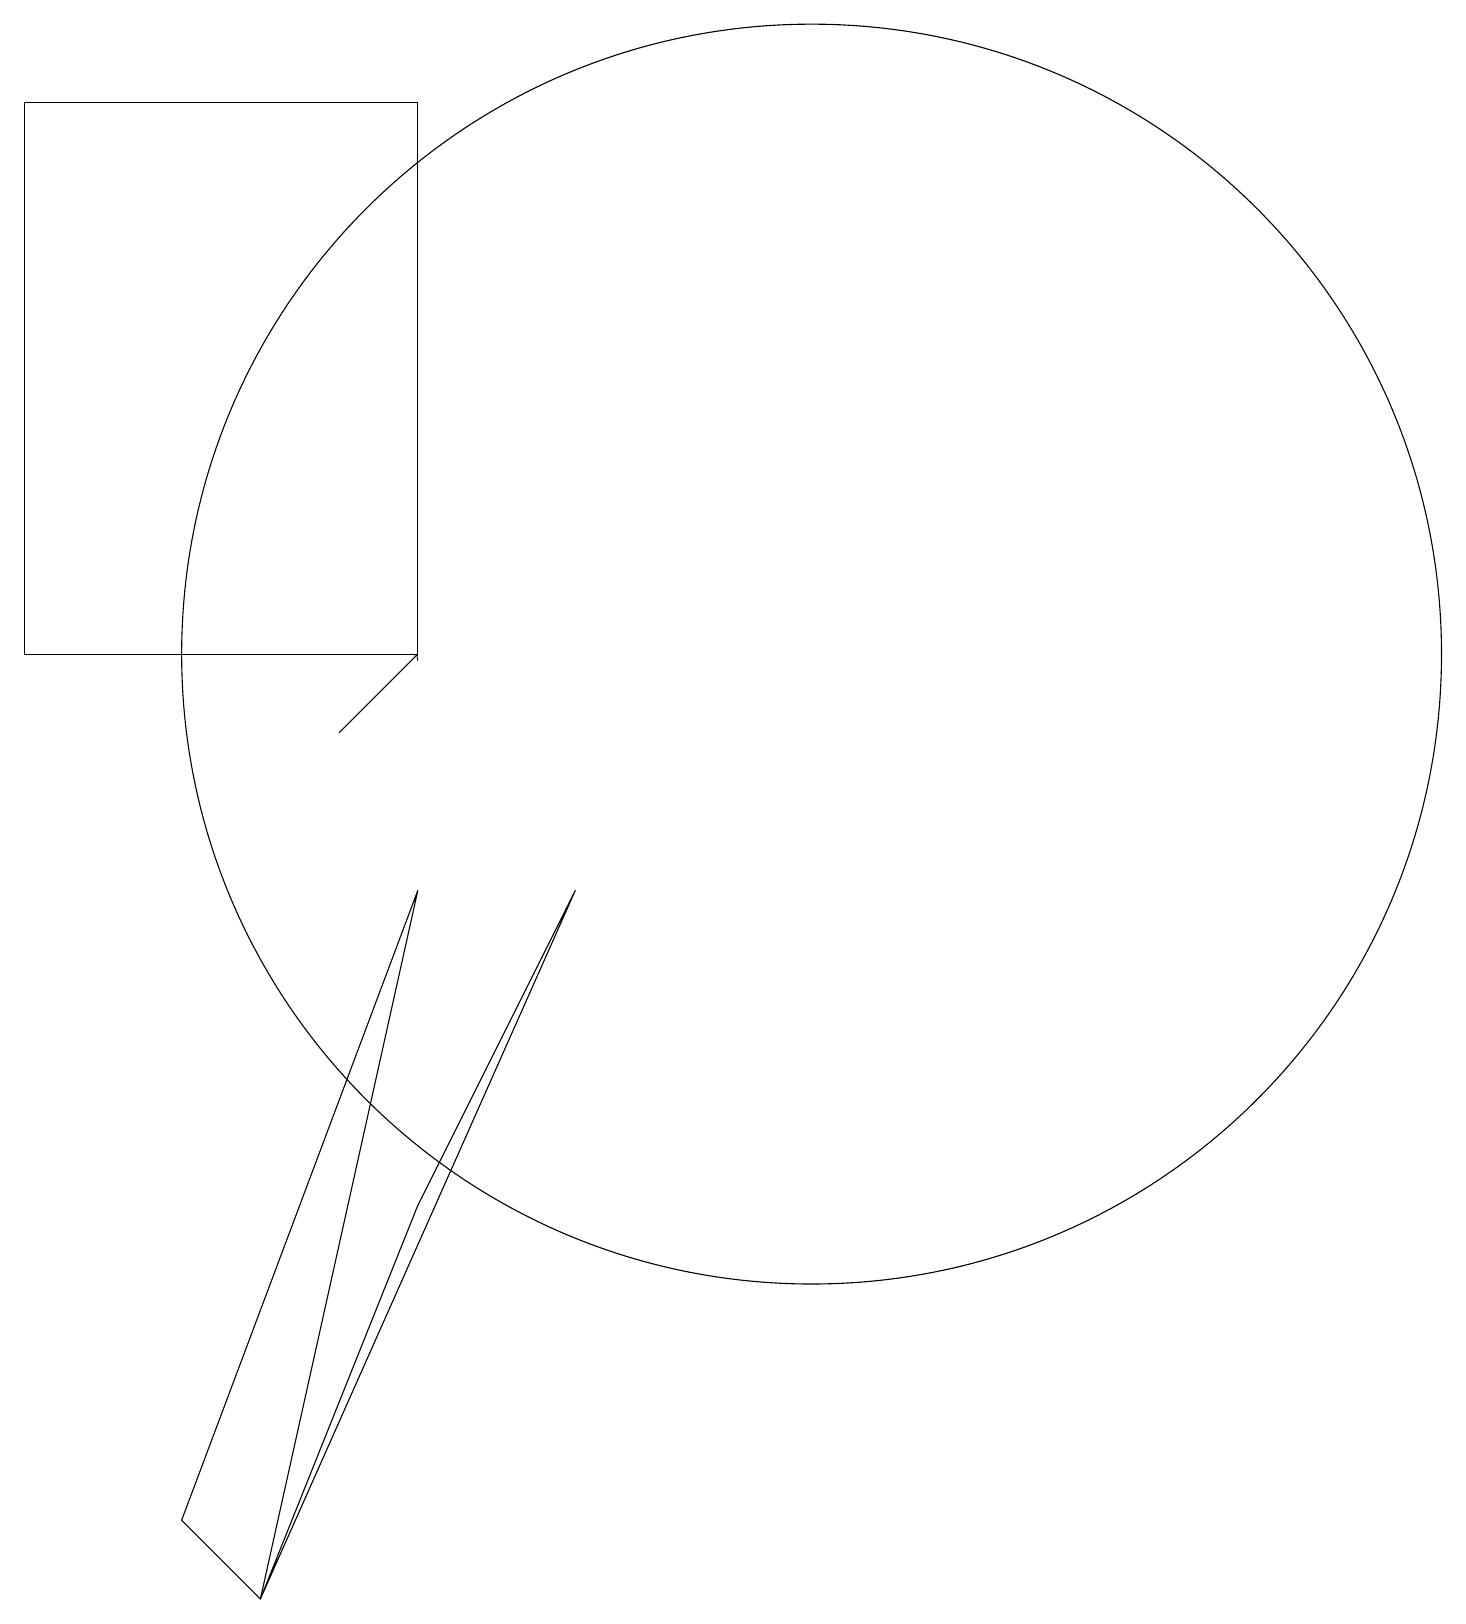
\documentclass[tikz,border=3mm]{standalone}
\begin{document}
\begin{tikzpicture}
\draw (0,12) rectangle (5,19);
\draw (10,12) circle (8);
\draw[->] (4,11) -- (5,12);
\draw (7,9) -- (3,0) -- (5,5) -- cycle;
\draw (5,9) -- (2,1) -- (3,0) -- cycle;
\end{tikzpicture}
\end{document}